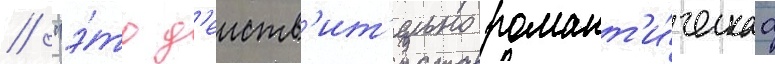
// "э́то д'еиств'ит'ельно романт'и́ческаа